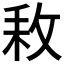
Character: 𢼡